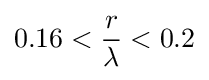
0.16<{\frac {r}{\lambda }}<0.2